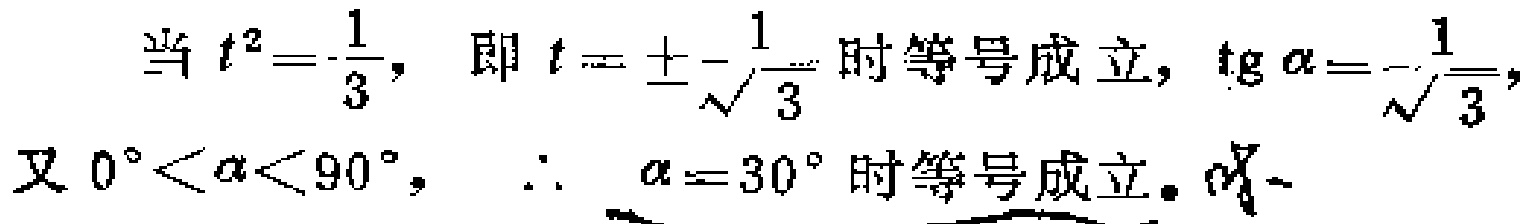
当 \(t^{2}=\frac{1}{3}\)，即 \(t = \pm\frac{1}{\sqrt{3}}\) 时等号成立，\(\mathrm{tg}\alpha=-\frac{1}{\sqrt{3}}\)，又 \(0^{\circ}<\alpha<90^{\circ}\)，\(\therefore\) \(\alpha = 30^{\circ}\) 时等号成立。✓